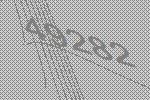
49282